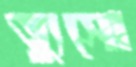
ত্যুসো